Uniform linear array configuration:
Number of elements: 16
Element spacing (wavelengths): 0.75
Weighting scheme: exponential
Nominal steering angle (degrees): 15
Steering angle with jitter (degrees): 15.926
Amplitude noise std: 0.05
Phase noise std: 0.05

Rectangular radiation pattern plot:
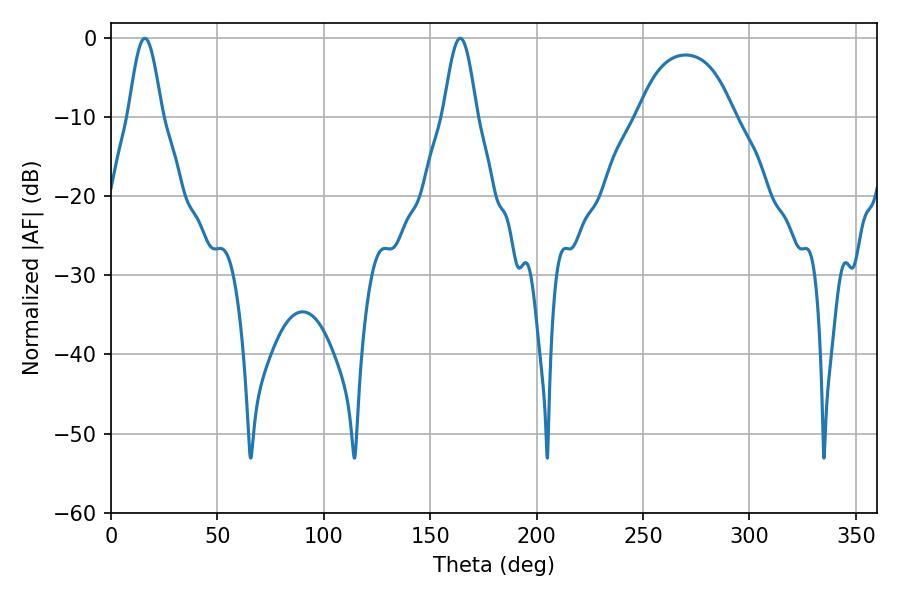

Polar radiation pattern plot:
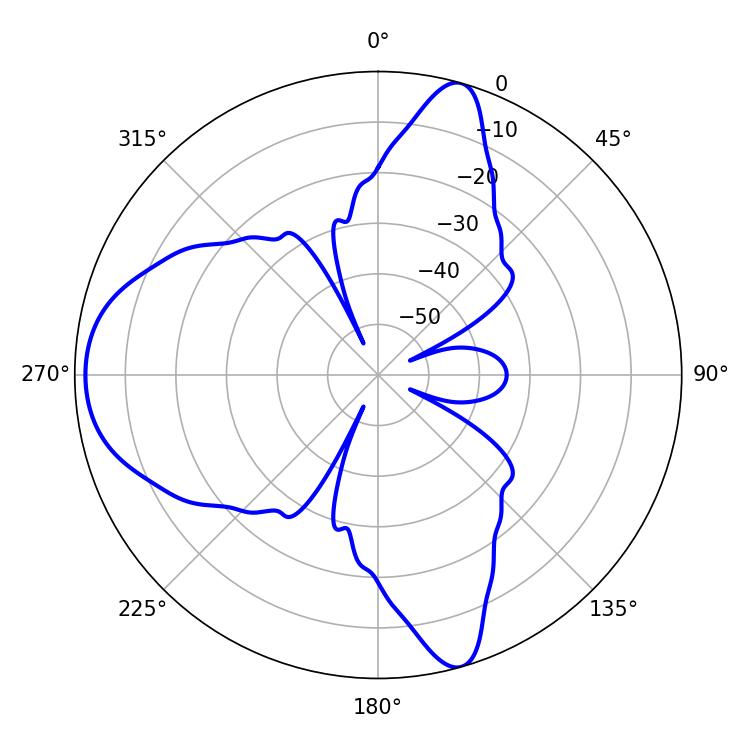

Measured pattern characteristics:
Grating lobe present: TRUE
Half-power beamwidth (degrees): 8.46
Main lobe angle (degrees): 15.84